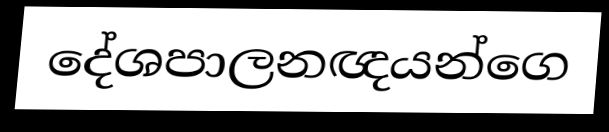
දේශපාලනඥයන්ගෙ